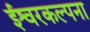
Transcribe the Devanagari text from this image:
ईश्वरकल्पना